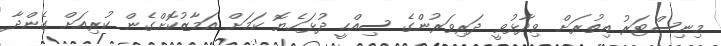
މިނިސްޓަރު އިތުރަށް ވިދާޅުވީ ދަރިވަރުންގެ ސިއްހީ ދުޅަހެޔޮ ކަމަށް އަމާޒުކޮށްގެން ކުރިއަށް ގެންދާ